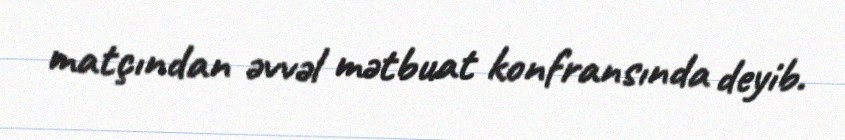
matçından əvvəl mətbuat konfransında deyib.